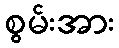
စွမ်းအား